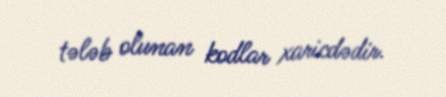
tələb olunan kodlar xaricdədir.